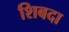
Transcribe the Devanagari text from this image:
शिबदा